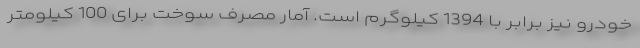
خودرو نیز برابر با 1394 کیلوگرم است. آمار مصرف سوخت برای 100 کیلومتر